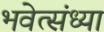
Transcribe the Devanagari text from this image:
भवेत्संध्या